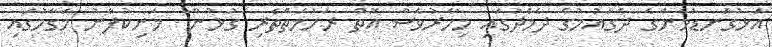
އަޅުގަނޑުމެންގެ ދެގައުމުގެ ދެމެދުގައި މިހާރުވެސް އޮތް ރަހުމަތްތެރި ގުޅުން  މަނިކުފާނު މަގާމުގައި